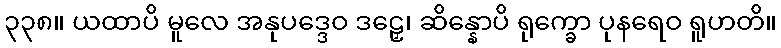
၃၃၈။ ယထာပိ မူလေ အနုပဒ္ဒေဝ ဒဠှေ၊ ဆိန္နောပိ ရုက္ခော ပုနရေဝ ရူဟတိ။